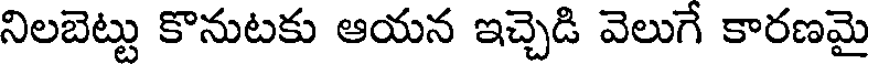
నిలబెట్టు కొనుటకు ఆయన ఇచ్చెడి వెలుగే కారణమై